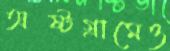
অষ্টগ্রামেও